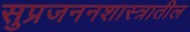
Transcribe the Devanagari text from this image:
सुप्रजननशास्त्रातील